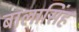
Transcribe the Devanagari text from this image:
बालासिंह